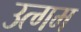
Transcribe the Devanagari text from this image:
उत्गम